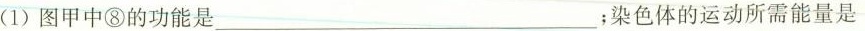
(1)图甲中⑧的功能是________；染色体的运动所需能量是